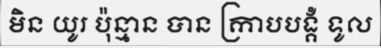
មិន យូរ ប៉ុន្មាន បាន ក្រាបបង្គំ ទូល